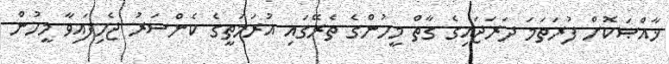
ޚާއްޞަކޮށް ފުރަތަމަ ދަރަޖައިގެ ގާތް މީހުންގެ ތެރޭގައި އުރަމަތީގެ ކެންސަރު ޖެހިފައިވާ މީހުން